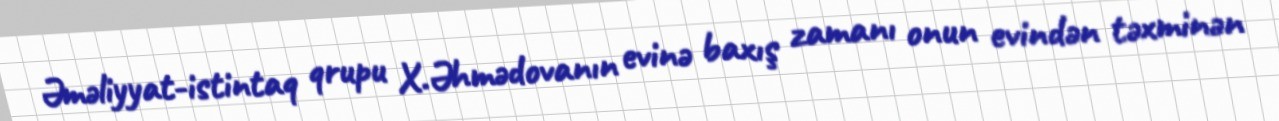
Əməliyyat-istintaq qrupu X.Əhmədovanın evinə baxış zamanı onun evindən təxminən